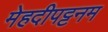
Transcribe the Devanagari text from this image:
मेहदीपट्टनम